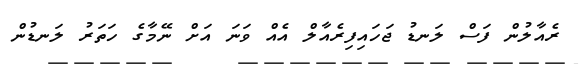
ރެއާލުން ފަސް ލަނޑު ޖަހައިފިރެއާލް އެއް ވަނަ އަށް ނޭމާގެ ހަތަރު ލަނޑުން